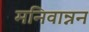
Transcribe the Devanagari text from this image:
मनिवान्नन